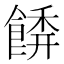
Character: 𩝂